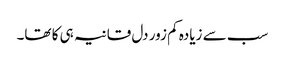
سب سے زیادہ کم زور دل قانیہ ہی کا تھا۔